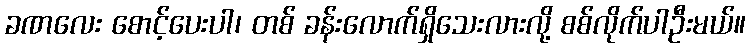
ခဏလေး စောင့်ပေးပါ၊ တစ် ခန်းလောက်ရှိသေးလားလို့ စစ်လိုက်ပါဦးမယ်။